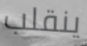
ينقلب